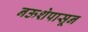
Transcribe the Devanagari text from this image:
नऊशेपासून